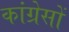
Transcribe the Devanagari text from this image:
कांग्रेसों